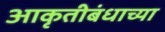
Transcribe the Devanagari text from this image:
आकृतीबंधाच्या